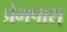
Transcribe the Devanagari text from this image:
प्रेमपाश्